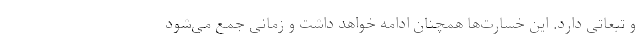
و تبعاتی دارد. این خسارت‌ها همچنان ادامه خواهد داشت و زمانی جمع می‌شود